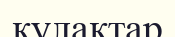
кулактар